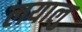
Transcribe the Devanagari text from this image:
लयालु